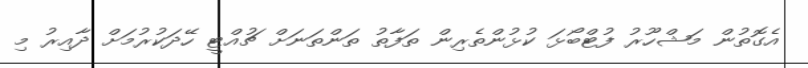
އެގޮތުން މަޝްހޫރު ފުޓްބޯޅަ ކުޅުންތެރިން ތަފާތު ތަންތަނަށް ޗުއްޓީ ހޭދަކުރުމަށް ދާއިރު މި